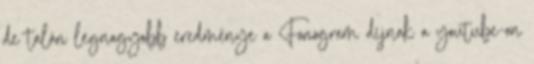
de talán legnagyobb eredménye a Fonogram díjnak a youtube-on